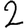
Digit: 2